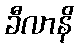
ခီလာနိ